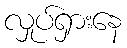
လှုပ်ရှားနေ